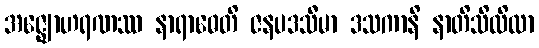
အဇ္ဈောဟရဏဿ နာရာဓေတိ ဇနပဒသီမာ ဒသကာနိ နာတိသိထိလာ